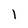
Character: 1